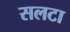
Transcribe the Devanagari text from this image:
सलटा